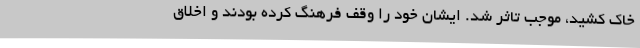
خاک کشید، موجب تاثر شد. ایشان خود را وقف فرهنگ کرده بودند و اخلاق